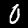
Digit: 0